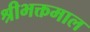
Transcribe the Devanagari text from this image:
श्रीभक्तमाल